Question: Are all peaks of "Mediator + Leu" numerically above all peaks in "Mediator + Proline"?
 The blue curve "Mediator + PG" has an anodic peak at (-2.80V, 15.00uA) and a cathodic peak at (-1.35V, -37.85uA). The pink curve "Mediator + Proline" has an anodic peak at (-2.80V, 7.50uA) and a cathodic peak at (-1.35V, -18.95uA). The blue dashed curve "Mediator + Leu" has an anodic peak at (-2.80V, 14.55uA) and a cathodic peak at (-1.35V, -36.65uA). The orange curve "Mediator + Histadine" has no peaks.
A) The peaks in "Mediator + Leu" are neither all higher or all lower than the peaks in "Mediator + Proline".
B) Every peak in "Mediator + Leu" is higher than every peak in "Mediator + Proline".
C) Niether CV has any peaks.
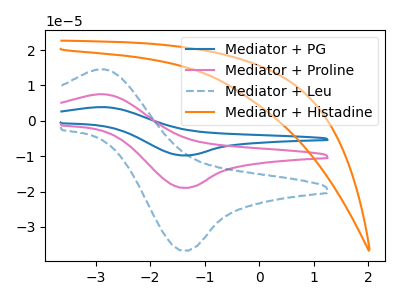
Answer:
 <answer>B) Every peak in "Mediator + Leu" is higher than every peak in "Mediator + Proline".</answer>
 <eval>B</eval>